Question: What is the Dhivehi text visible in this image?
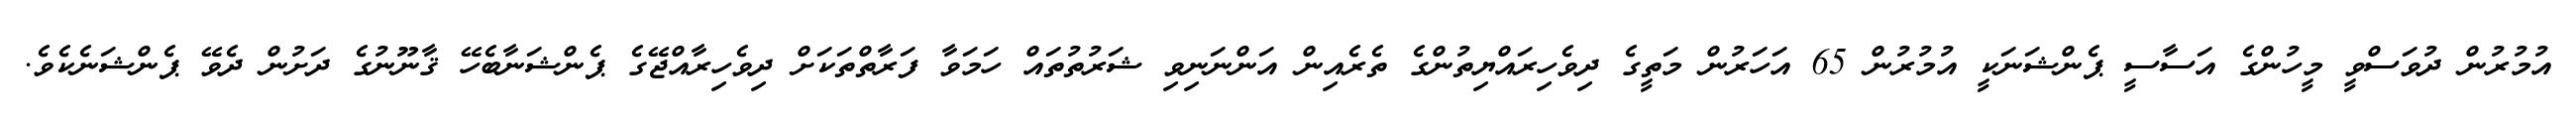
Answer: އުމުރުން ދުވަސްވީ މީހުންގެ އަސާސީ ޕެންޝަނަކީ އުމުރުން 65 އަހަރުން މަތީގެ ދިވެހިރައްޔިތުންގެ ތެރެއިން އަންނަނިވި ޝަރުތުތައް ހަމަވާ ފަރާތްތަކަށް ދިވެހިރާއްޖޭގެ ޕެންޝަނާބެހޭ ޤާނޫނުގެ ދަށުން ދެވޭ ޕެންޝަނެކެވެ.